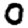
Digit: 0